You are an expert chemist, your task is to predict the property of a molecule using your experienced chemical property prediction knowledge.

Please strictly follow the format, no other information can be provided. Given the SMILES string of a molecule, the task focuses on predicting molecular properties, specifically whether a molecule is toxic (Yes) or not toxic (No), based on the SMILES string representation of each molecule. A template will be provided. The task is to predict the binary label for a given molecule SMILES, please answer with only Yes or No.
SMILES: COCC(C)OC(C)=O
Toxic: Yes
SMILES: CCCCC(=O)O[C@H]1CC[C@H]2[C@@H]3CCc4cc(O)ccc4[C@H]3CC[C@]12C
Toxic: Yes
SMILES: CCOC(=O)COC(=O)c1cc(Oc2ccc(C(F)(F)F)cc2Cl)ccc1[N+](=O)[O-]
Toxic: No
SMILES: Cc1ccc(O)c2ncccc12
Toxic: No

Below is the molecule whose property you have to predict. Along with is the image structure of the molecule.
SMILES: CCCCOCCOC(C)=O
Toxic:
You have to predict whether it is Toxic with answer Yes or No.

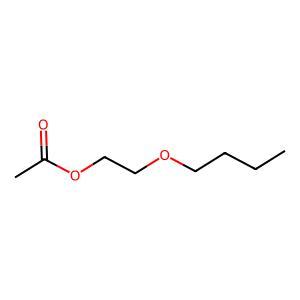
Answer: No